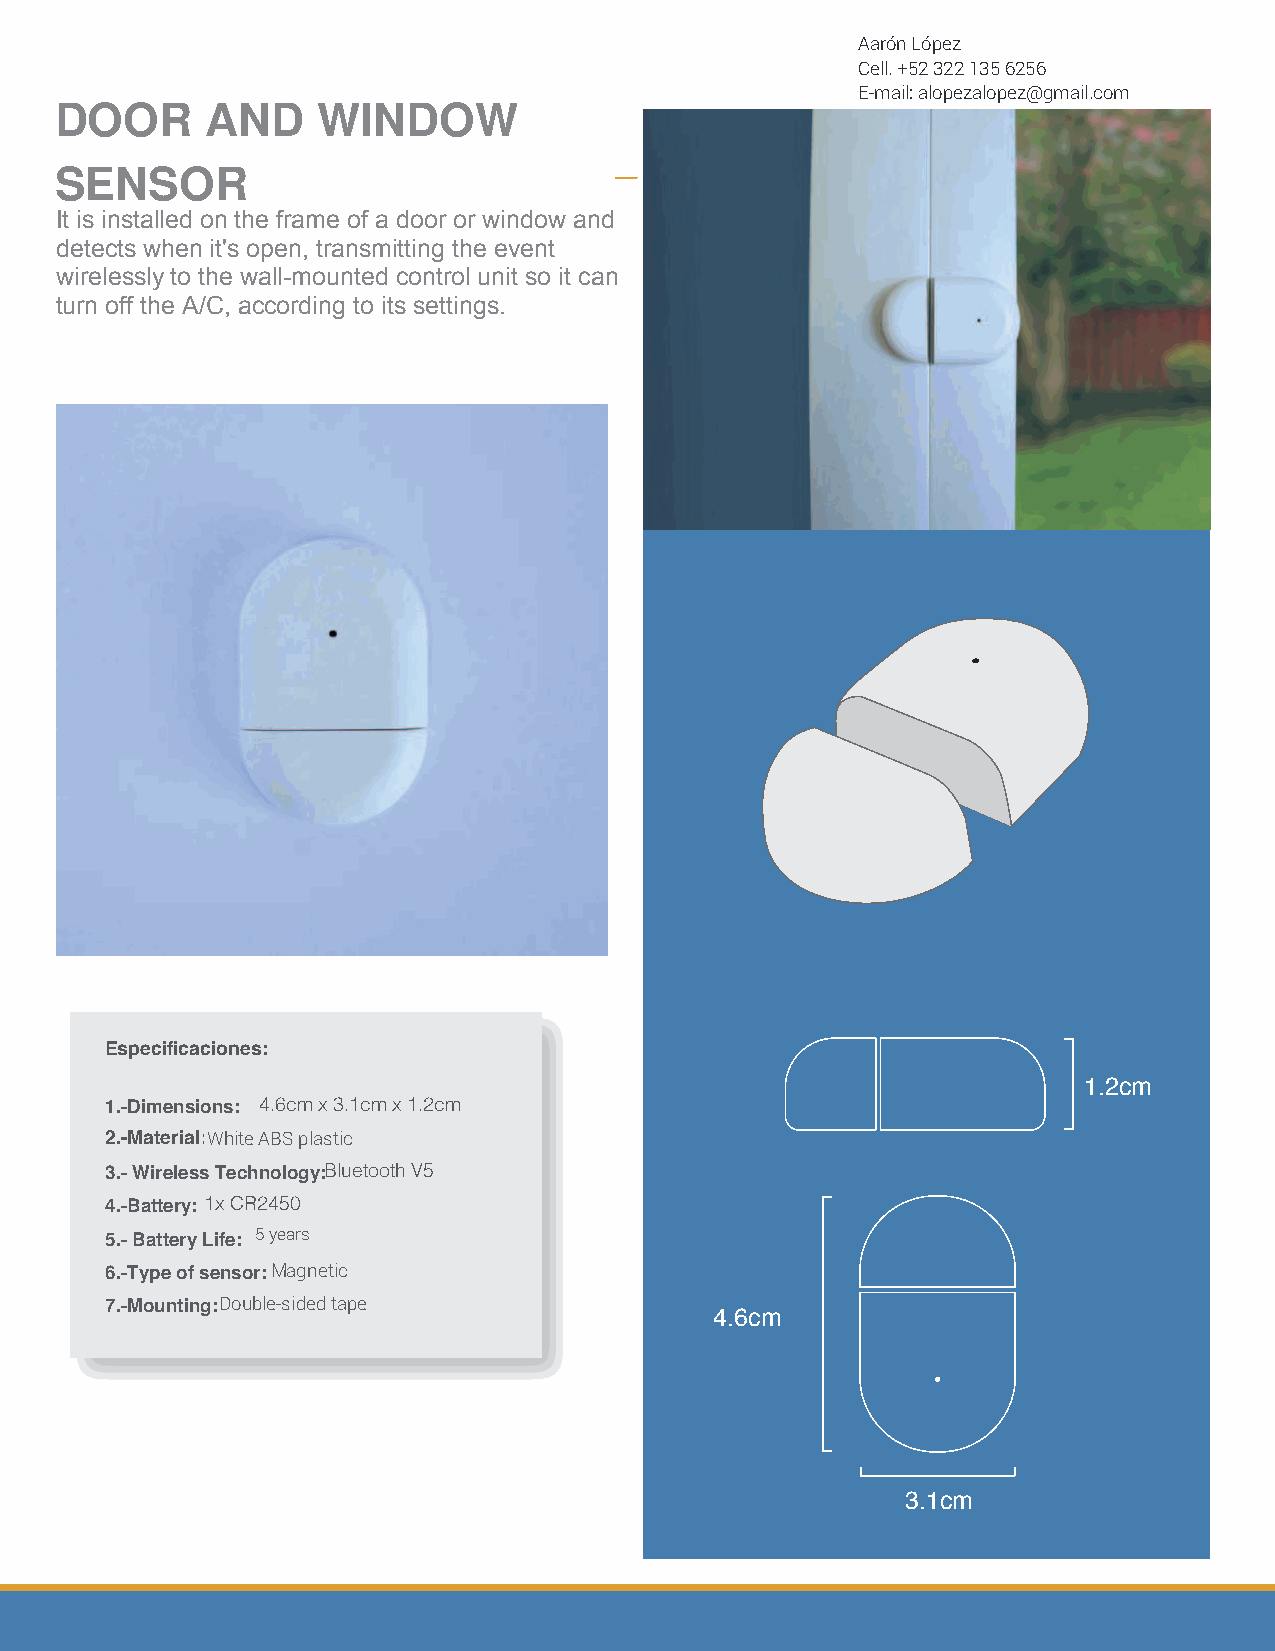
Aarón López
 Cell. +52 322 135 6256
 SENSOR
 E-mail: alopezalopez@gmail.com
 DOOR      AND    WINDOW
 DE   PUERTA       Y  VENTANA
 SENSOR
 ISt eis c ionlsotcaalle edn o enl mthaer fcroa mdee uonf aa pduoeorrt ao ro w vienndtoawn aa nyd
 detects when it's open, transmitting the event
 detecta aperturas las cuales son enviadas de
 wirelessly to the wall-mounted control unit so it can
 manera inalámbrica al control de pared para que
 turn off the A/C, according to its settings.
 este pueda apagar el A/C en caso de tener
 configurada esa regla.
 Especificaciones:
 1.2cm
 11..--DDiimmeennssiioonnse:s: 4.6cm x 3.1cm x 1.2cm
 2.-Material: WAhBiSte cAoBloSr pblalasnticco
 33..-- TWecirneolelossg íTae Wchirneolelosgsy: :Bluetooth V5
 44..--BBaattteerríya:: 1x CR2450
 55..-- DBuartatecriyó nL idfee: B5a yteearíras: 5 años
 66..--TSyepnes oorf: s Menasgonré:t iMcoagnetic
 77..--MMoounntatijneg: :CDinotuab ldeo-sbidlee dC taarpae
 4.6cm
 3.1cm